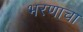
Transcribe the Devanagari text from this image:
भरणाचा